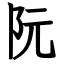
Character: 阮